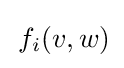
\,f_{i}(v,w)